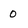
Character: 0